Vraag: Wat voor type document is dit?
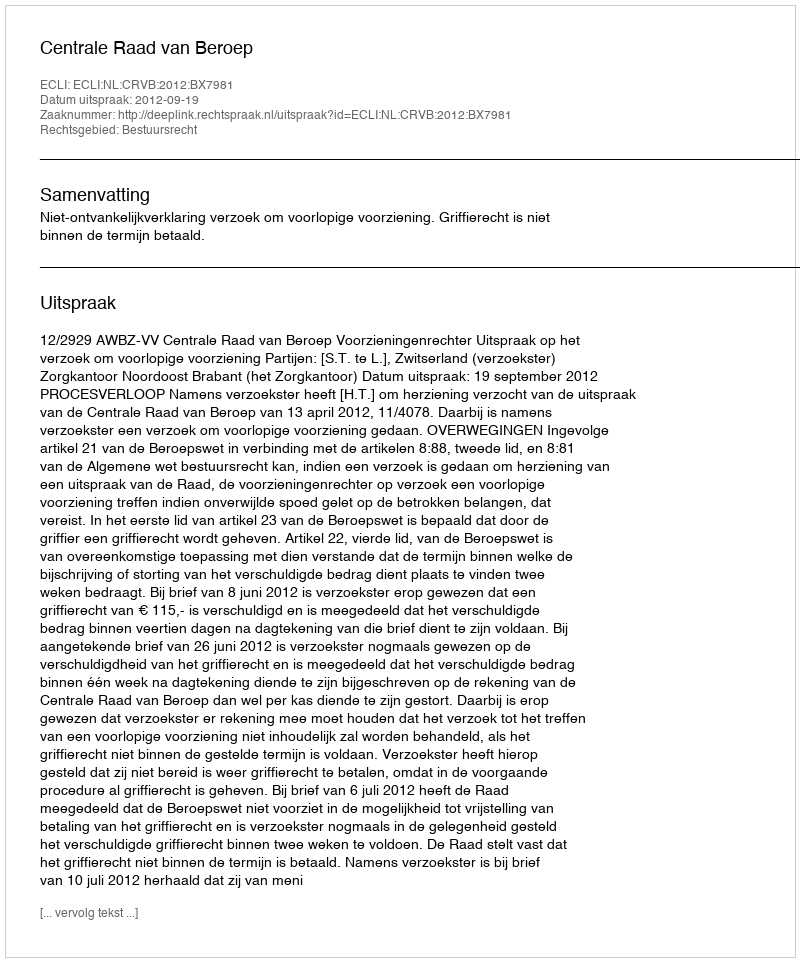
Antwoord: Uitspraak